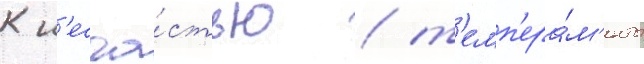
К н'есча́стью / т'емп'ера́м'енты